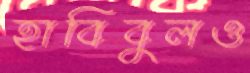
হাবিবুলও